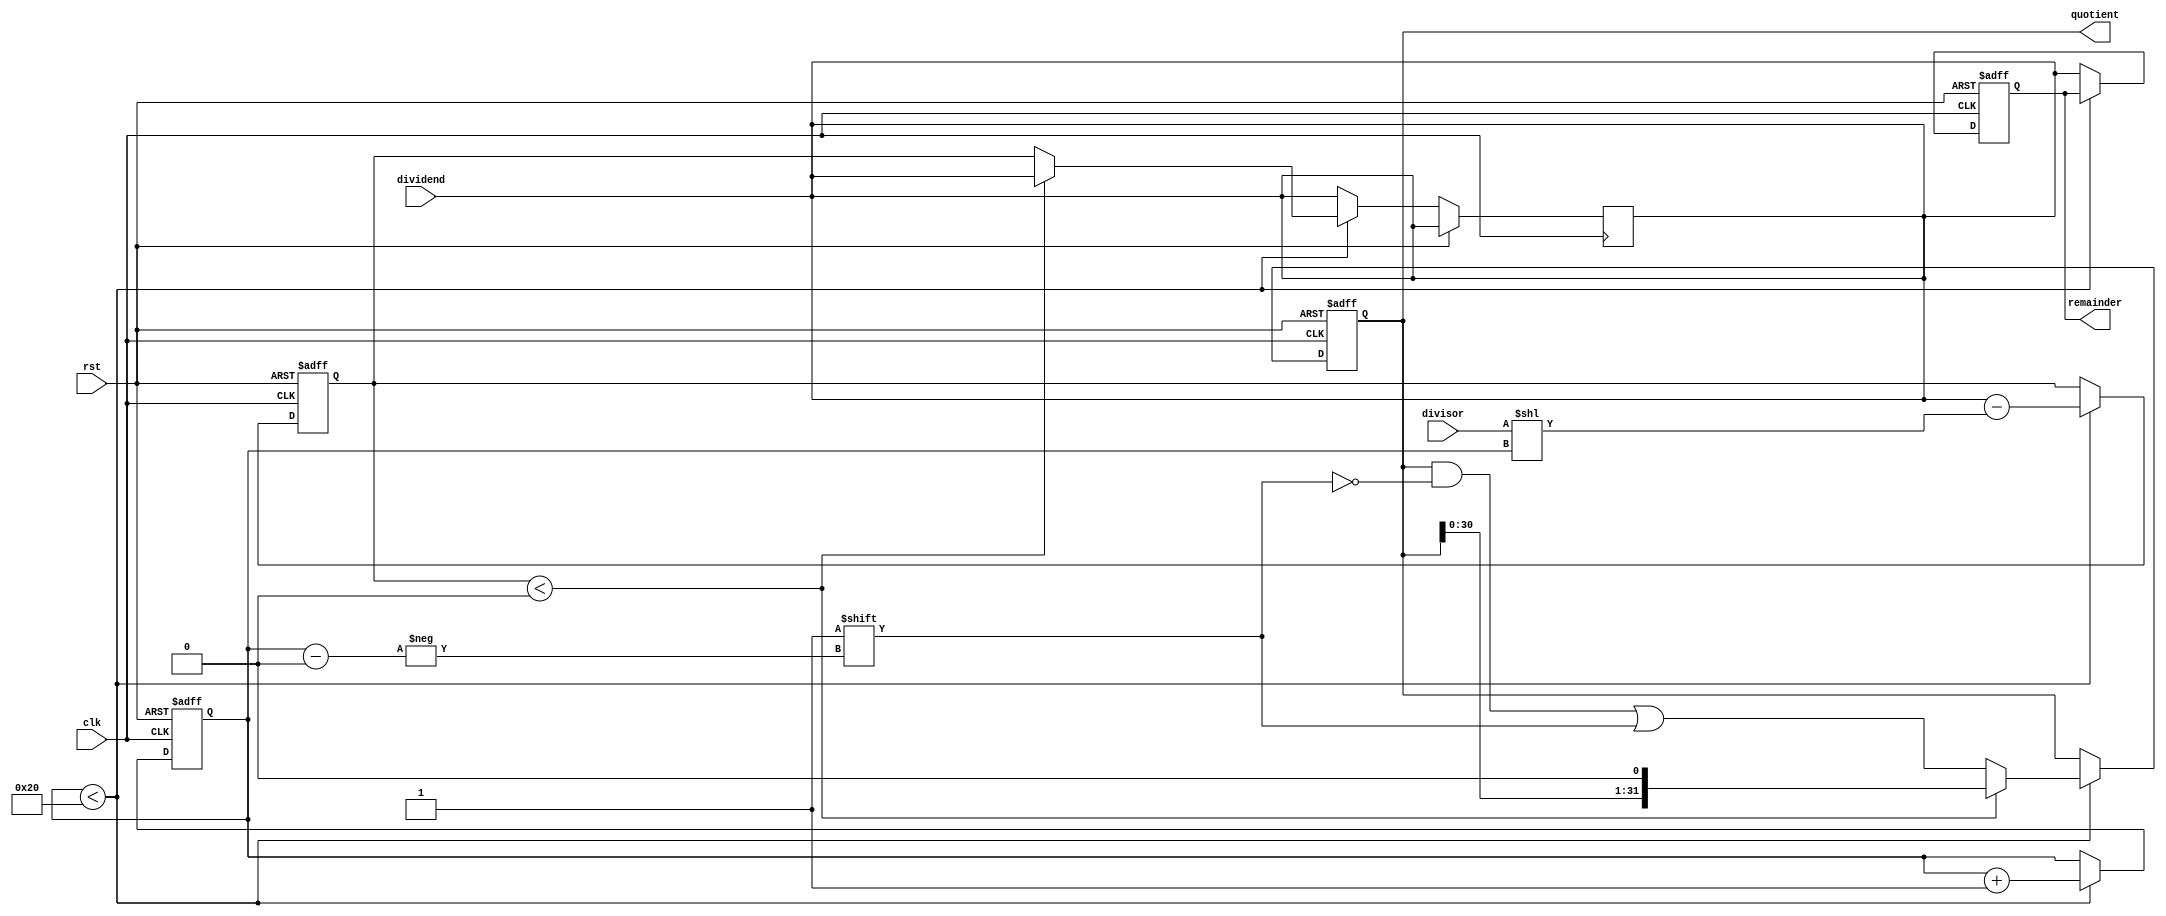
module counter_based_divider (
    input wire clk,
    input wire rst,
    input wire [31:0] dividend,
    input wire [31:0] divisor,
    output reg [31:0] quotient,
    output reg [31:0] remainder
);

reg [31:0] count;
reg [31:0] subtractor_output;
reg [63:0] compare_val;

always @ (posedge clk or posedge rst) begin
    if (rst) begin
        count <= 0;
        quotient <= 0;
        remainder <= 0;
        subtractor_output <= 0;
    end else begin
        if (count < 32) begin
            subtractor_output <= dividend - (divisor << count);
            if (subtractor_output < 0) begin
                quotient <= quotient << 1;
            end else begin
                quotient[count] <= 1;
                dividend <= subtractor_output;
            end
            count <= count + 1;
        end else begin
            remainder <= dividend;
        end
    end
end

endmodule